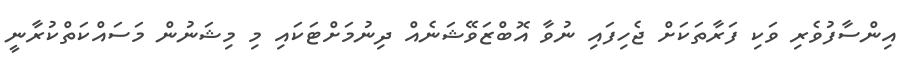
އިންސާފުވެރި ވަކި ފަރާތަކަށް ޖެހިފައި ނުވާ އޮބްޒަވޭޝަނެއް ދިނުމަށްޓަކައި މި މިޝަނުން މަސައްކަތްކުރާނީ